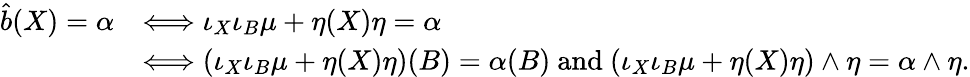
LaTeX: \begin{array}{rl}{\hat{b}(X)=\alpha}&{\Longleftrightarrow\iota_{X}\iota_{B}\mu+\eta(X)\eta=\alpha}\\ &{\Longleftrightarrow(\iota_{X}\iota_{B}\mu+\eta(X)\eta)(B)=\alpha(B)\mathrm{~and~}(\iota_{X}\iota_{B}\mu+\eta(X)\eta)\wedge\eta=\alpha\wedge\eta.}\end{array}